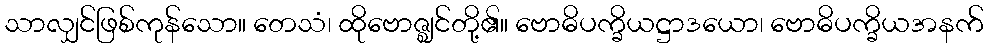
သာလျှင်ဖြစ်ကုန်သော။ တေသံ၊ ထိုဗောဇ္ဈင်တို့၏။ ဗောဓိပက္ခိယဋ္ဌာဒယော၊ ဗောဓိပက္ခိယအနက်